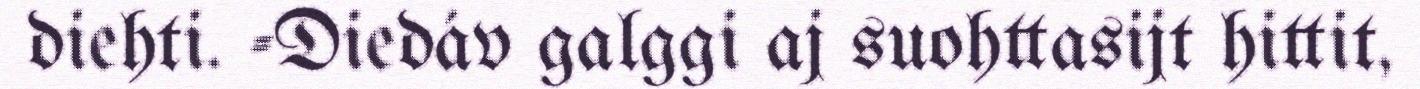
diehti. -Diedáv galggi aj suohttasijt hittit,